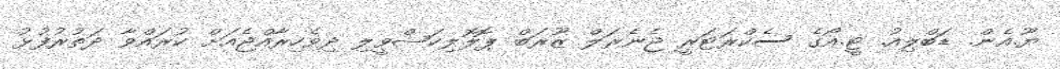
ޔޫ.އެން. ޑަބްލިއު. ޓީ.އޯގެ ސެކްރަޓަރީ ޖެނެރަލް ޒޫރަބް ޕޮލޮލިކަޝްވީލި ދިވެހިރާއްޖެއަށް ކުރައްވާ ދަތުރުފުޅު